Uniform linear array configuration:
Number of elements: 16
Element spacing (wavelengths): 0.75
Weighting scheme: cosine
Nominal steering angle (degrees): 0
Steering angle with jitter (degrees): -1.931
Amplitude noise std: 0.05
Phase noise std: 0.05

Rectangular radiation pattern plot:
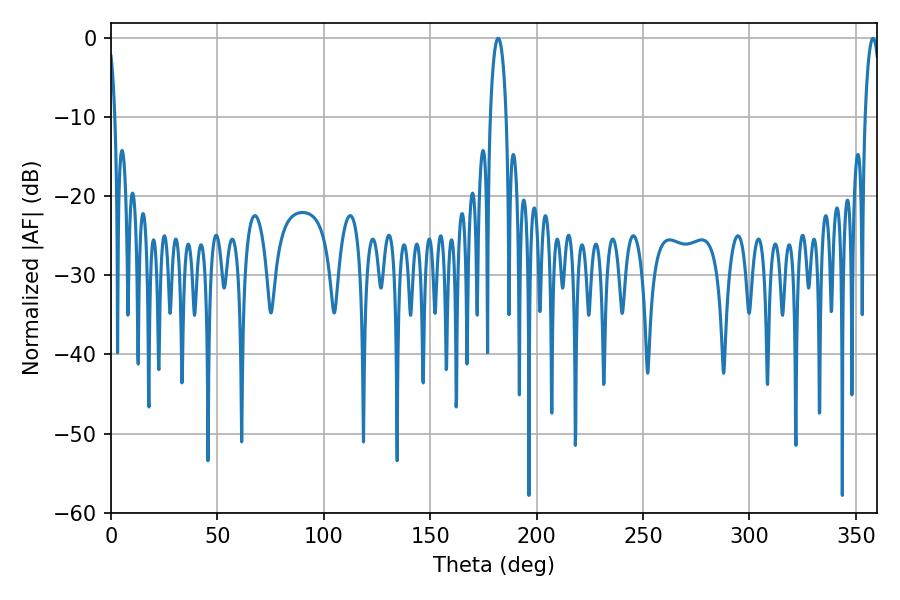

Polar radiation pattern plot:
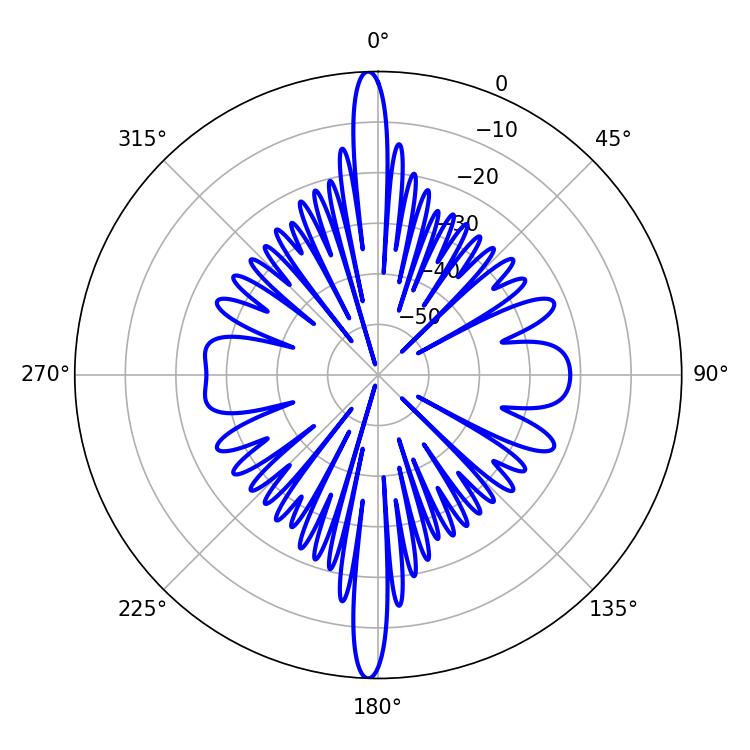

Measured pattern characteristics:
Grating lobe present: TRUE
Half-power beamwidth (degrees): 4.14
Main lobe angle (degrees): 181.98